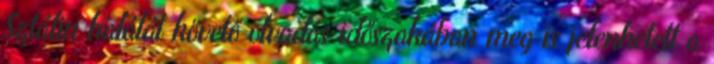
Sztálin halálát követő olvadás időszakában meg is jelenhetett a